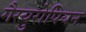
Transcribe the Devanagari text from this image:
गैरयुरोपियन